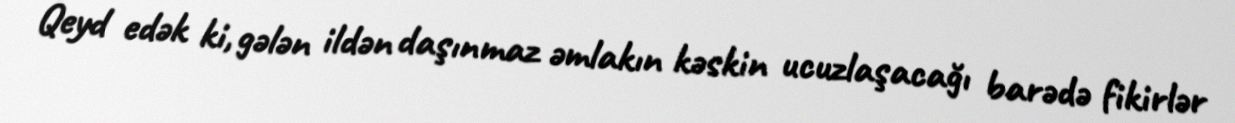
Qeyd edək ki, gələn ildən daşınmaz əmlakın kəskin ucuzlaşacağı barədə fikirlər